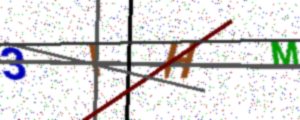
Text: 3IHM